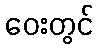
ဝေးတွင်